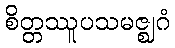
စိတ္တဿူပသမဇ္ဈဂံ